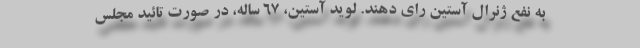
به نفع ژنرال آستین رای دهند. لوید آستین، ۶۷ ساله، در صورت تائید مجلس